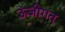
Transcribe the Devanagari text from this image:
ऊंजीगत